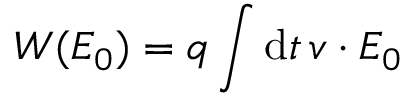
W ( E _ { 0 } ) = q \int \mathrm { d } t \, \boldsymbol { v } \cdot \boldsymbol { E _ { 0 } }